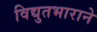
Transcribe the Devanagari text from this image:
विद्युतभाराने